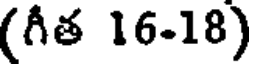
(గీత 16-18)